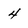
Character: 4